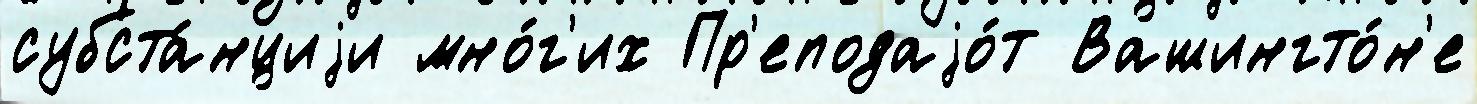
субста́нциjи мно́г'их Пр'еподаjо́т Вашингто́н'е